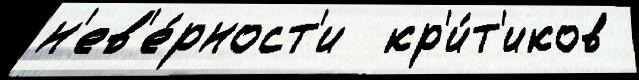
н'ев'е́рност'и  кр'и́т'иков